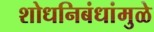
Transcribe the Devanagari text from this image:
शोधनिबंधांमुळे